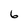
Character: 6